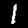
Label: 1